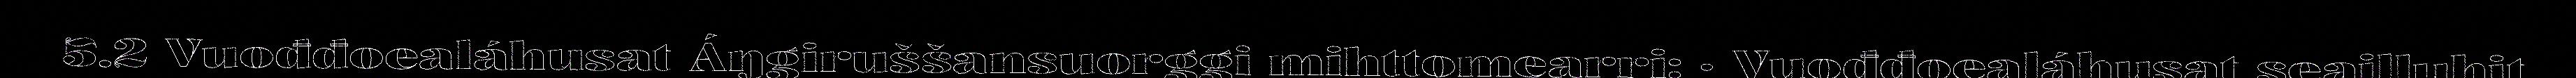
5.2 Vuođđoealáhusat Áŋgiruššansuorggi mihttomearri: · Vuođđoealáhusat seailluhit